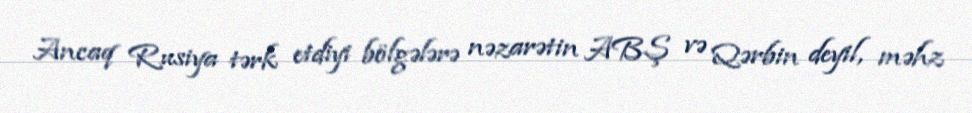
Ancaq Rusiya tərk etdiyi bölgələrə nəzarətin ABŞ və Qərbin deyil, məhz